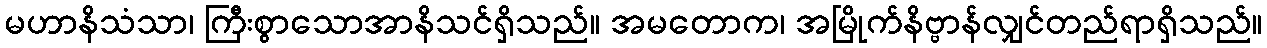
မဟာနိသံသာ၊ ကြီးစွာသောအာနိသင်ရှိသည်။ အမတောက၊ အမြိုက်နိဗ္ဗာန်လျှင်တည်ရာရှိသည်။